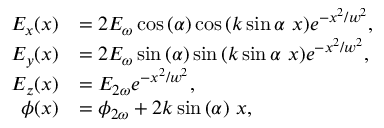
\begin{array} { r l } { E _ { x } ( x ) } & { = 2 E _ { \omega } \cos { ( \alpha ) } \cos { \left( k \sin { \alpha } \ x \right) } e ^ { - x ^ { 2 } / w ^ { 2 } } , } \\ { E _ { y } ( x ) } & { = 2 E _ { \omega } \sin { ( \alpha ) } \sin { \left( k \sin { \alpha } \ x \right) } e ^ { - x ^ { 2 } / w ^ { 2 } } , } \\ { E _ { z } ( x ) } & { = E _ { 2 \omega } e ^ { - x ^ { 2 } / w ^ { 2 } } , } \\ { \phi ( x ) } & { = \phi _ { 2 \omega } + 2 k \sin { ( \alpha ) } \ x , } \end{array}